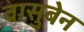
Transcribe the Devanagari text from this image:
वासुबेन